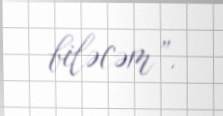
biləcəm”.